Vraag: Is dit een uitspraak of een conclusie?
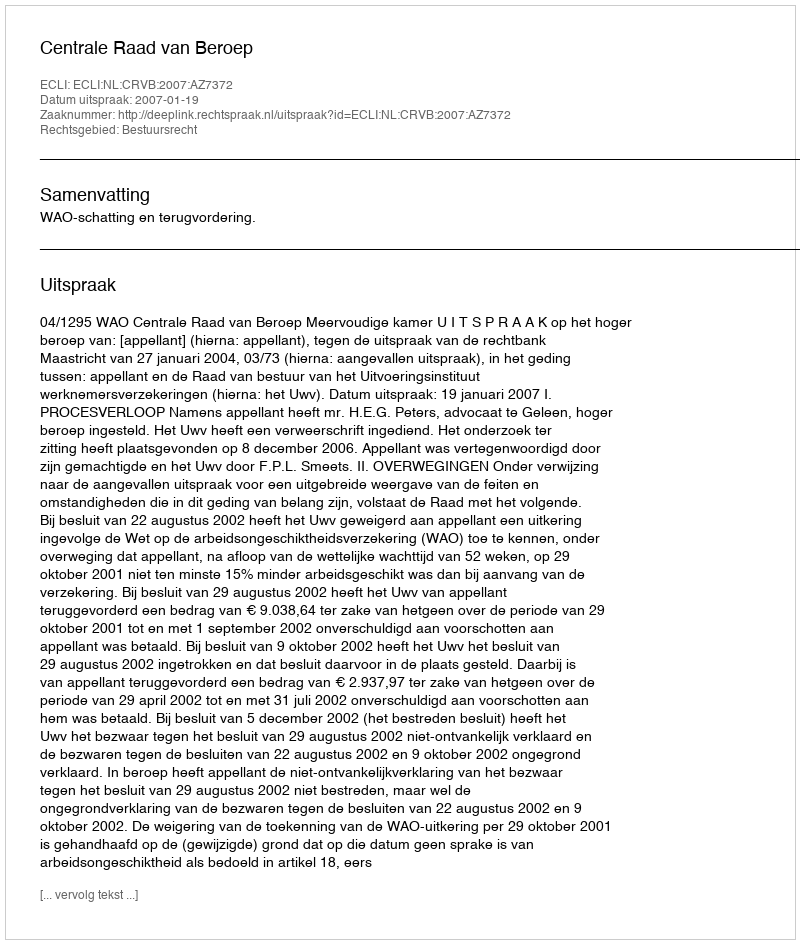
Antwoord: Uitspraak